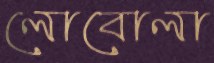
লোবোলা